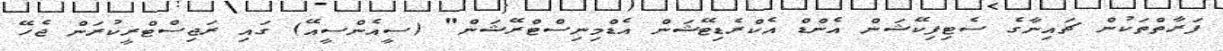
ފަރާތްތަކުން ޗައިނާގެ ސެޓިފިކޭޝަން އެންޑް އެކްރެޑިޓޭޝަން އެޑްމިނިސްޓްރޭޝަން" (ސީއެންސީއޭ) ގައި ރަޖިސްޓްރީކުރަން ޖެހޭ